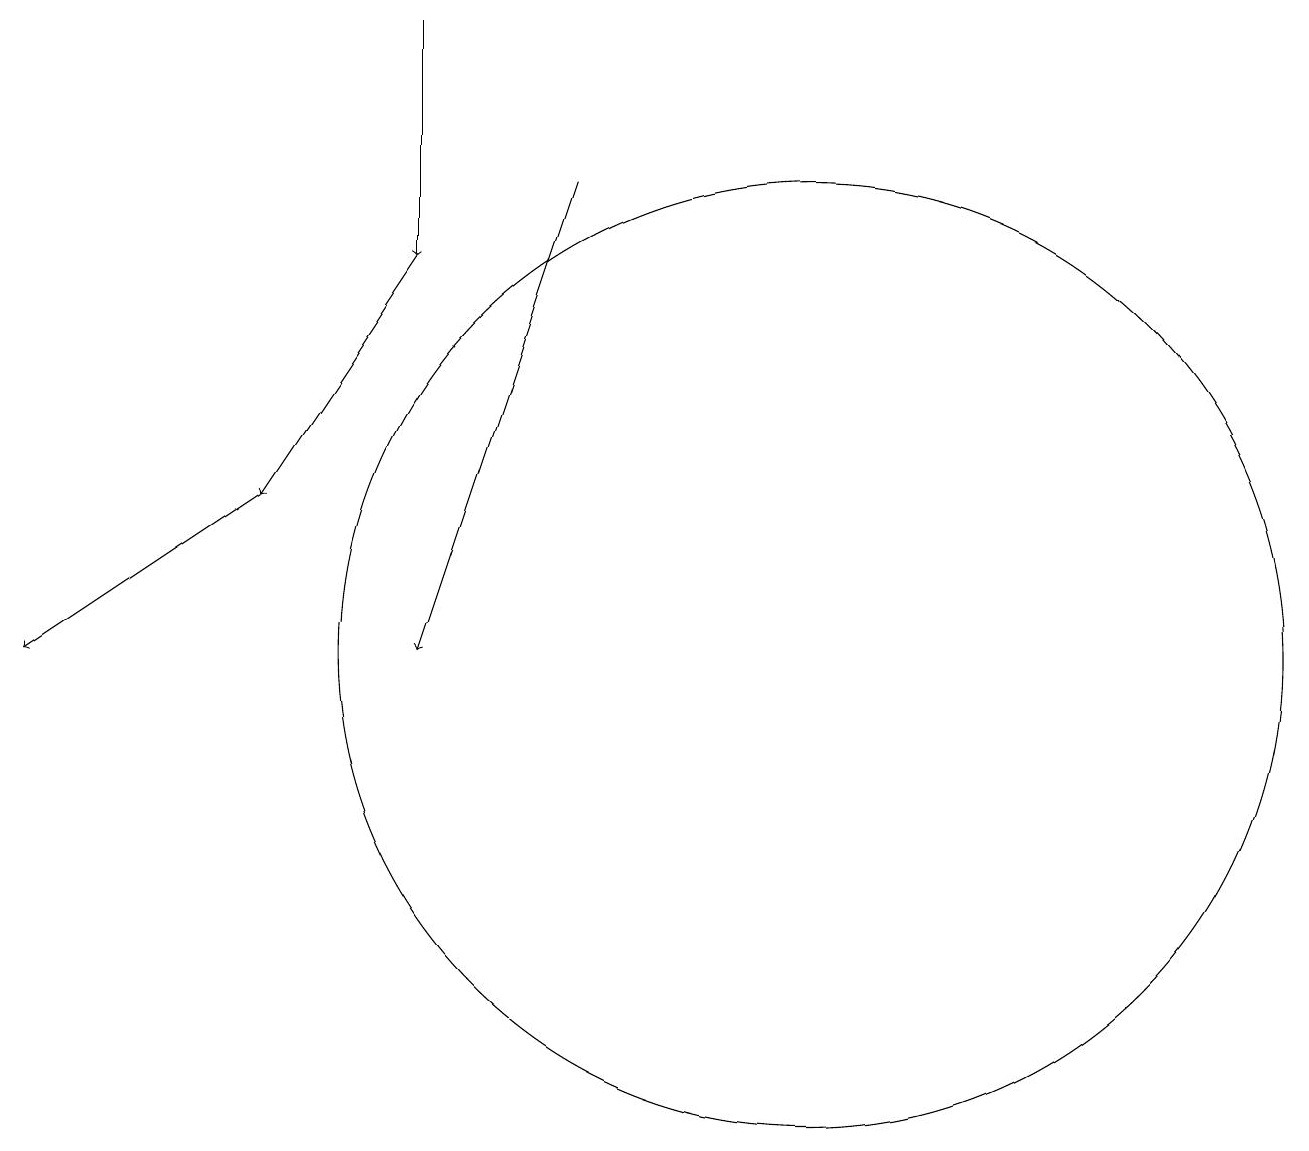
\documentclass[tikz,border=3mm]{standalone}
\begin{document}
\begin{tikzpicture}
\draw[->] (6,16) -- (4,13);
\draw (11,11) circle (6);
\draw[->] (6,19) -- (6,16);
\draw[->] (4,13) -- (1,11);
\draw[->] (8,17) -- (6,11);
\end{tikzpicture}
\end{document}